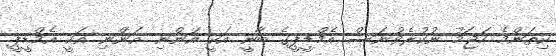
ކިތަންމެ ހަޖަމު ނުކުރެވުނަސް އެމްޑީޕީގެ ބާނީ އަކީ އަންނި. އަންނި އަކީ އެމްޑީޕީ.